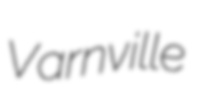
Varnville